Report of an investigation into the causes of the diseases known in Assam as Kála-Azár and Beri-Beri
Disease focus: Beri-Beri
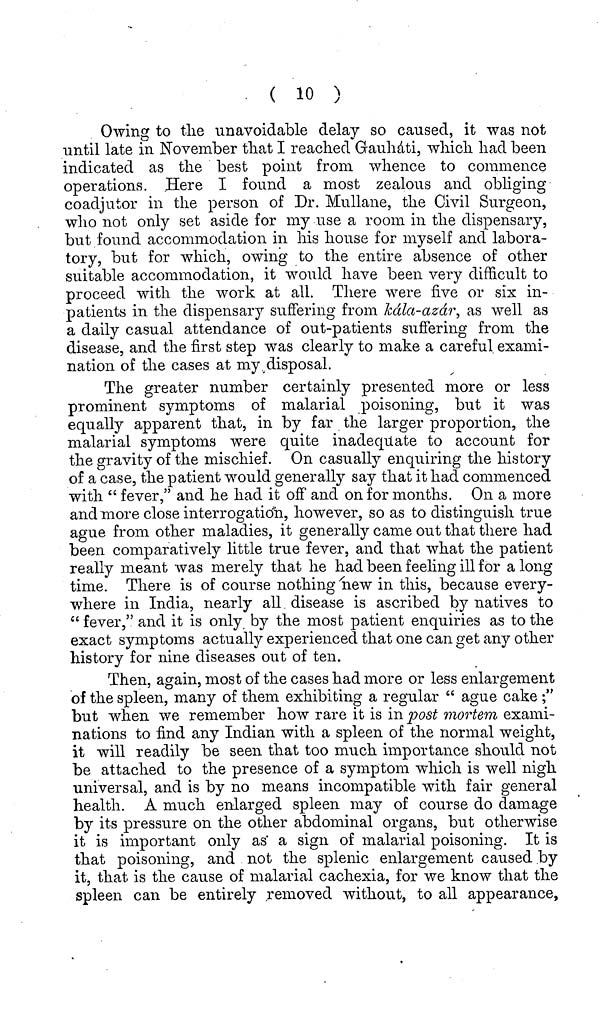
( 10 )
Owing to the unavoidable delay so caused, it was not
until late in November that I reached Gauháti, which had been
indicated as the best point from whence to commence
operations. Here I found a most zealous and obliging
coadjutor in the person of Dr. Mullane, the Civil Surgeon,
who not only set aside for my use a room in the dispensary,
but found accommodation in his house for myself and labora-
tory, but for which, owing to the entire absence of other
suitable accommodation, it would have been very difficult to
proceed with the work at all. There were five or six in-
patients in the dispensary suffering from kála-azár, as well as
a daily casual attendance of out-patients suffering from the
disease, and the first step was clearly to make a careful exami-
nation of the cases at my disposal.
The greater number certainly presented more or less
prominent symptoms of malarial poisoning, but it was
equally apparent that, in by far the larger proportion, the
malarial symptoms were quite inadequate to account for
the gravity of the mischief. On casually enquiring the history
of a case, the patient would generally say that it had commenced
with " fever," and he had it off and on for months. On a more
and more close interrogation, however, so as to distinguish true
ague from other maladies, it generally came out that there had
been comparatively little true fever, and that what the patient
really meant was merely that he had been feeling ill for a long
time. There is of course nothing new in this, because every-
where in India, nearly all disease is ascribed by natives to
"fever," and it is only by the most patient enquiries as to the
exact symptoms actually experienced that one can get any other
history for nine diseases out of ten.
Then, again, most of the cases had more or less enlargement
of the spleen, many of them exhibiting a regular " ague cake ;"
but when we remember how rare it is in post mortem exami-
nations to find any Indian with a spleen of the normal weight,
it will readily be seen that too much importance should not
be attached to the presence of a symptom which is well nigh
universal, and is by no means incompatible with fair general
health. A much enlarged spleen may of course do damage
by its pressure on the other abdominal organs, but otherwise
it is important only as a sign of malarial poisoning. It is
that poisoning, and not the splenic enlargement caused by
it, that is the cause of malarial cachexia, for we know that the
spleen can be entirely removed without, to all appearance,